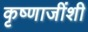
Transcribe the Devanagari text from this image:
कृष्णाजींशी